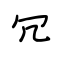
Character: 冗